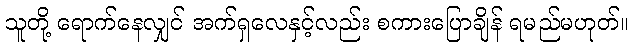
သူတို့ ရောက်နေလျှင် အက်ရှလေနှင့်လည်း စကားပြောချိန် ရမည်မဟုတ်။